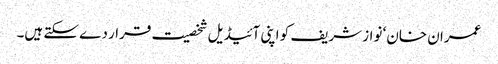
عمران خان‘ نواز شریف کو اپنی آئیڈیل شخصیت قرار دے سکتے ہیں۔